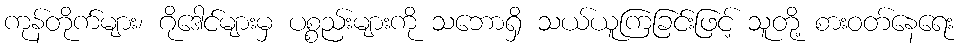
ကုန်တိုက်များ၊ ဂိုဒေါင်များမှ ပစ္စည်းများကို သဘောရှိ သယ်ယူကြခြင်းဖြင့် သူတို့ စားဝတ်နေရေး